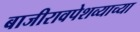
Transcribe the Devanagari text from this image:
बाजीरावपेशव्याच्या